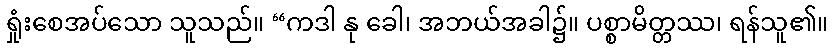
ရှုံးစေအပ်သော သူသည်။ “ကဒါ နု ခေါ၊ အဘယ်အခါ၌။ ပစ္စာမိတ္တဿ၊ ရန်သူ၏။